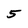
Character: 5